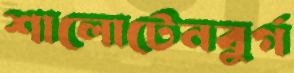
শালোটেনবুর্গ